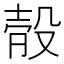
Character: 𣪛